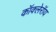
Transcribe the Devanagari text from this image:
कॉक्लेरॉय